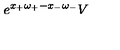
e ^ { x _ { + } \omega _ { + } - x _ { - } \omega _ { - } } V